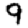
Digit: 9